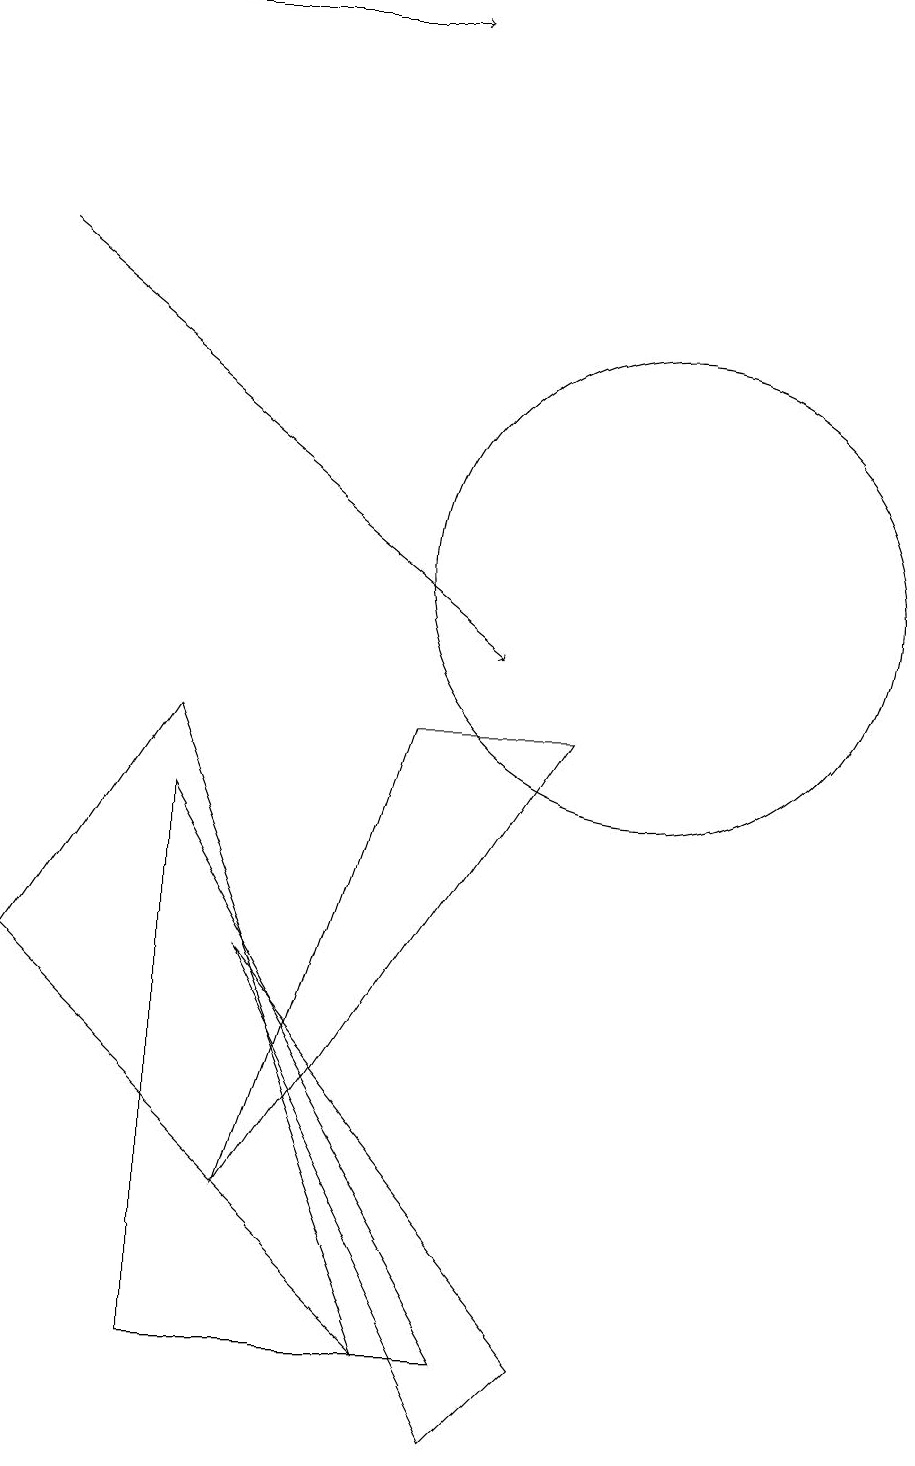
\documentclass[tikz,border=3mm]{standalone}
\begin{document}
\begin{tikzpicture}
\draw (4,9) -- (7,1) -- (2,6) -- cycle;
\draw (10,11) circle (3);
\draw (9,9) -- (5,3) -- (7,9) -- cycle;
\draw (8,1) -- (4,8) -- (4,1) -- cycle;
\draw[->] (2,15) -- (8,10);
\draw (5,6) -- (9,1) -- (8,0) -- cycle;
\draw (10,11) circle (0);
\draw[->] (3,18) -- (7,18);
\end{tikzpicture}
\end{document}